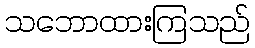
သဘောထားကြသည်